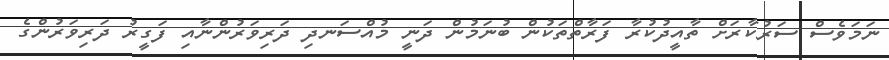
ނަމަވެސް ސަރުކާރަށް ތާއީދުކުރާ ފަރާތްތަކުން ބުނަމުން ދަނީ މުއްސަނދި ދަރިވަރުންނާއި ފަގީރު ދަރިވަރުންގެ